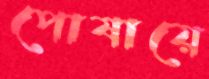
পোষায়ে